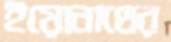
ইয়োনাথের